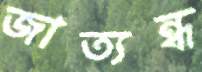
জাত্যন্ধ